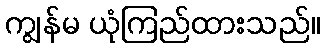
ကျွန်မ ယုံကြည်ထားသည်။